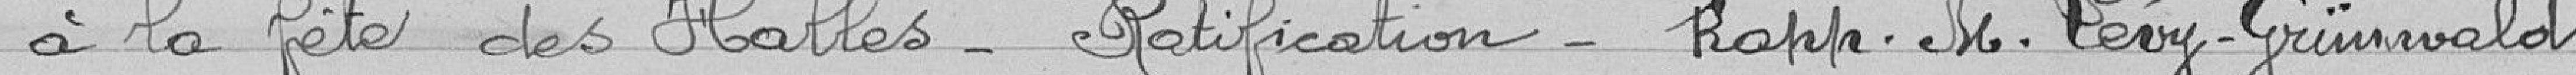
à la fête des Halles. Ratification. Rapp. M. Lévy-Grimwald